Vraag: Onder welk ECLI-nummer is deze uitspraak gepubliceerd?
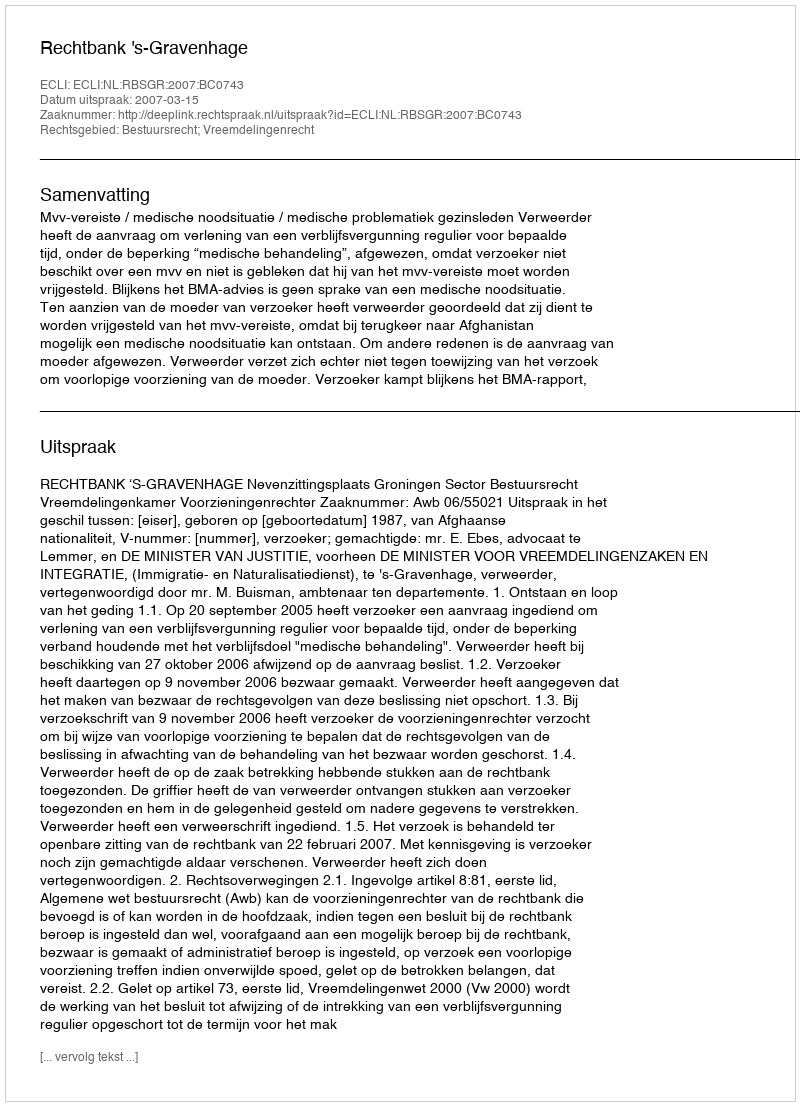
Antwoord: ECLI:NL:RBSGR:2007:BC0743